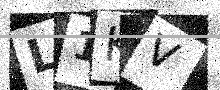
Text: L1KV